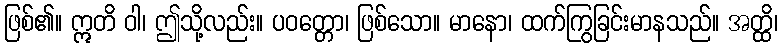
ဖြစ်၏။ ဣတိ ဝါ၊ ဤသို့လည်း။ ပဝတ္တော၊ ဖြစ်သော။ မာနော၊ ထက်ကြွခြင်းမာနသည်။ အတ္ထိ၊